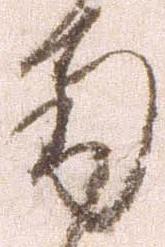
南